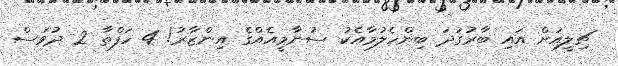
ޗިލީއަށް އައި ބާރުގަދަ ބިންހެލުމާއެކު ސުނާމީއެއްގެ އިންޒާރު! 4 ހަފްތާ 2 ދުވަސް